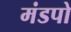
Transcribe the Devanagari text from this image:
मंडपो